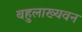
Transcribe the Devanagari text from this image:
बहुलाख्यवन